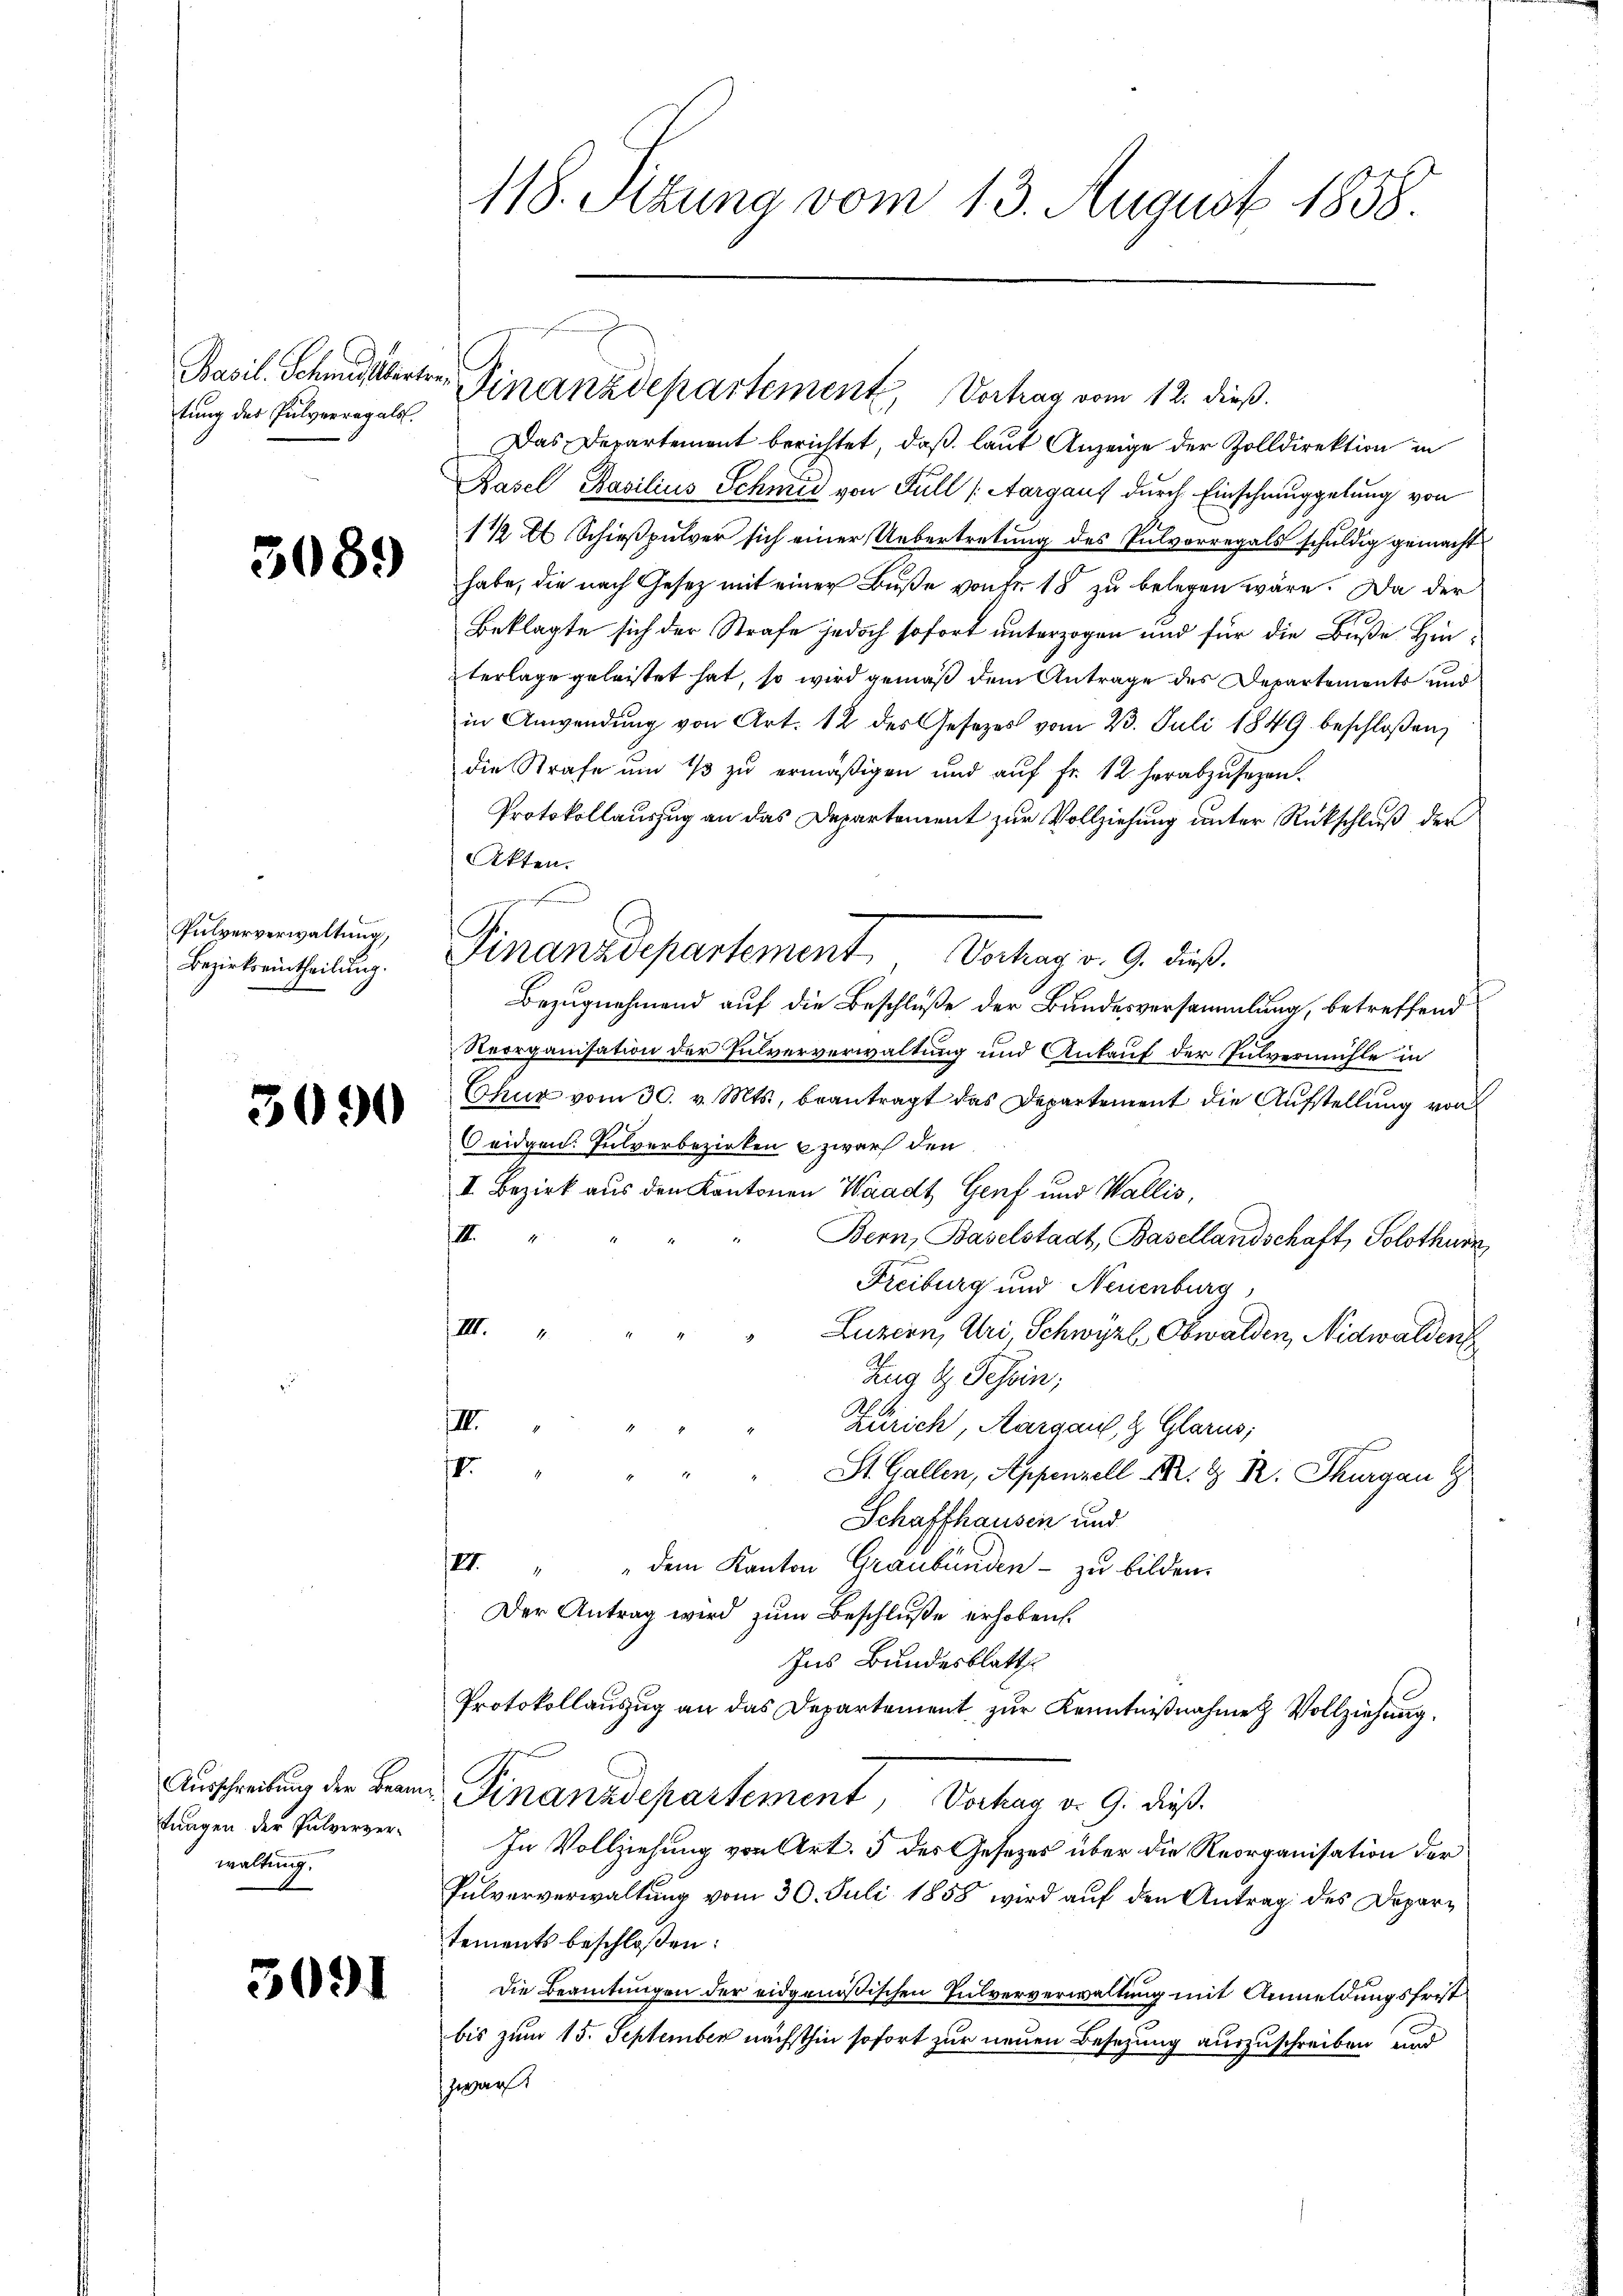
tung des Pulverregals,

3089

Pulververwaltung,
Bezirkseintheilung.

3090

tungen der Pulververwaltung.

3091

118. Azuna vom 13. August 1858

Das Departement berichtet, daß laut Anzeige der Zolldirektion in
Basel, Basilius Schmid von Füll (Aargaus durch Einschmuggelung von
112 Al. Schießpulver sich einer Uebertretung des Pulvorregals schuldig gemacht
habe, die nach Gesetz mit einer Buße von Fr. 18 zu belegen wäre. Da der
Beklagte sich der Strafe jedoch sofort unterzogen und für die Buße Hinterlage geleistet hat, so wird gemäß dem Antrage des Departements und
in Anwendung von Art. 12 des Gesetzes vom 23. Juli 1849 beschloßen,
die Strafe um 1/3 zu ermäßigen und auf Fr. 12 herabzusehen.
Protokollauszug an das Departement zur Vollziehung unter Rückschluß der
Akten.
Bezugnehmend auf die Beschluße der Bundesversammlung, betreffend
Reorganisation der Pulververwaltung und Ankauf der Pulvermühle in
Chur vom 30. v. Mts., beantragt das Departement die Aufstellung von
eidgen. Pulverbezirken & zwarf den
II. Bezirk aus den Kantonen Waadt, Genf und Wallis,
12
Bern, Baselstadt, Basellandschaft, Solothurn,
Freiburg und Neuenburg,
/III.
Luzern, Uri Schwyz Obwalden, Nidwaldent
Zug & Tessin;
IIII.
Zürich, Aargau & Glarus,
f
III
St. Gallen, Appenzell M. D. R. Thurgau Z
Schaffhausen und
VI. " dem Kanton Graubünden zu bilden.
Der Antrag wird zum Beschluße erhoben.
Ins Bundesblatt
Protokollauszug an das Departement zur Kenntnißnahme Vollziehung.
Auschreibung der Bern Finanzdepartement, Vorhag v. 9. dieß
In Vollziehung von Art. 5 des Gesetzes über die Reorganisation der
Pulververwaltung vom 30. Juli 1858 wird auf den Antrag des Departements beschloßen:
Die Beamtungen der eidgenößischen Pulververwaltung mit Anmeldungsfrist
bis zum 15. September nächsthin sofort zur neuen Besetzung auszuschreiben und
zwar

Basil. Schmutbertr. Finanzdepartement, Vortrag vom 12. dieß.

frund
A.
Finanzdepartement Vortrag v. 9. dieß.